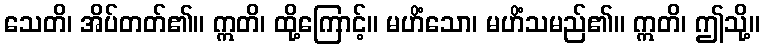
သေတိ၊ အိပ်တတ်၏။ ဣတိ၊ ထို့ကြောင့်။ မဟိံသော၊ မဟိံသမည်၏။ ဣတိ၊ ဤသို့။